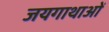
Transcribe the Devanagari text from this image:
जयगाथाओं